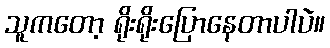
သူကတော့ ရိုးရိုးပြောနေတာပါပဲ။